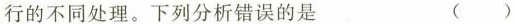
行的不同处理。下列分析错误的是 ()